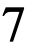
7